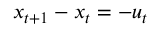
x _ { t + 1 } - x _ { t } = - u _ { t }